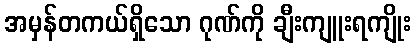
အမှန်တကယ်ရှိသော ဂုဏ်ကို ချီးကျူးရကျိုး